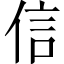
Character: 信